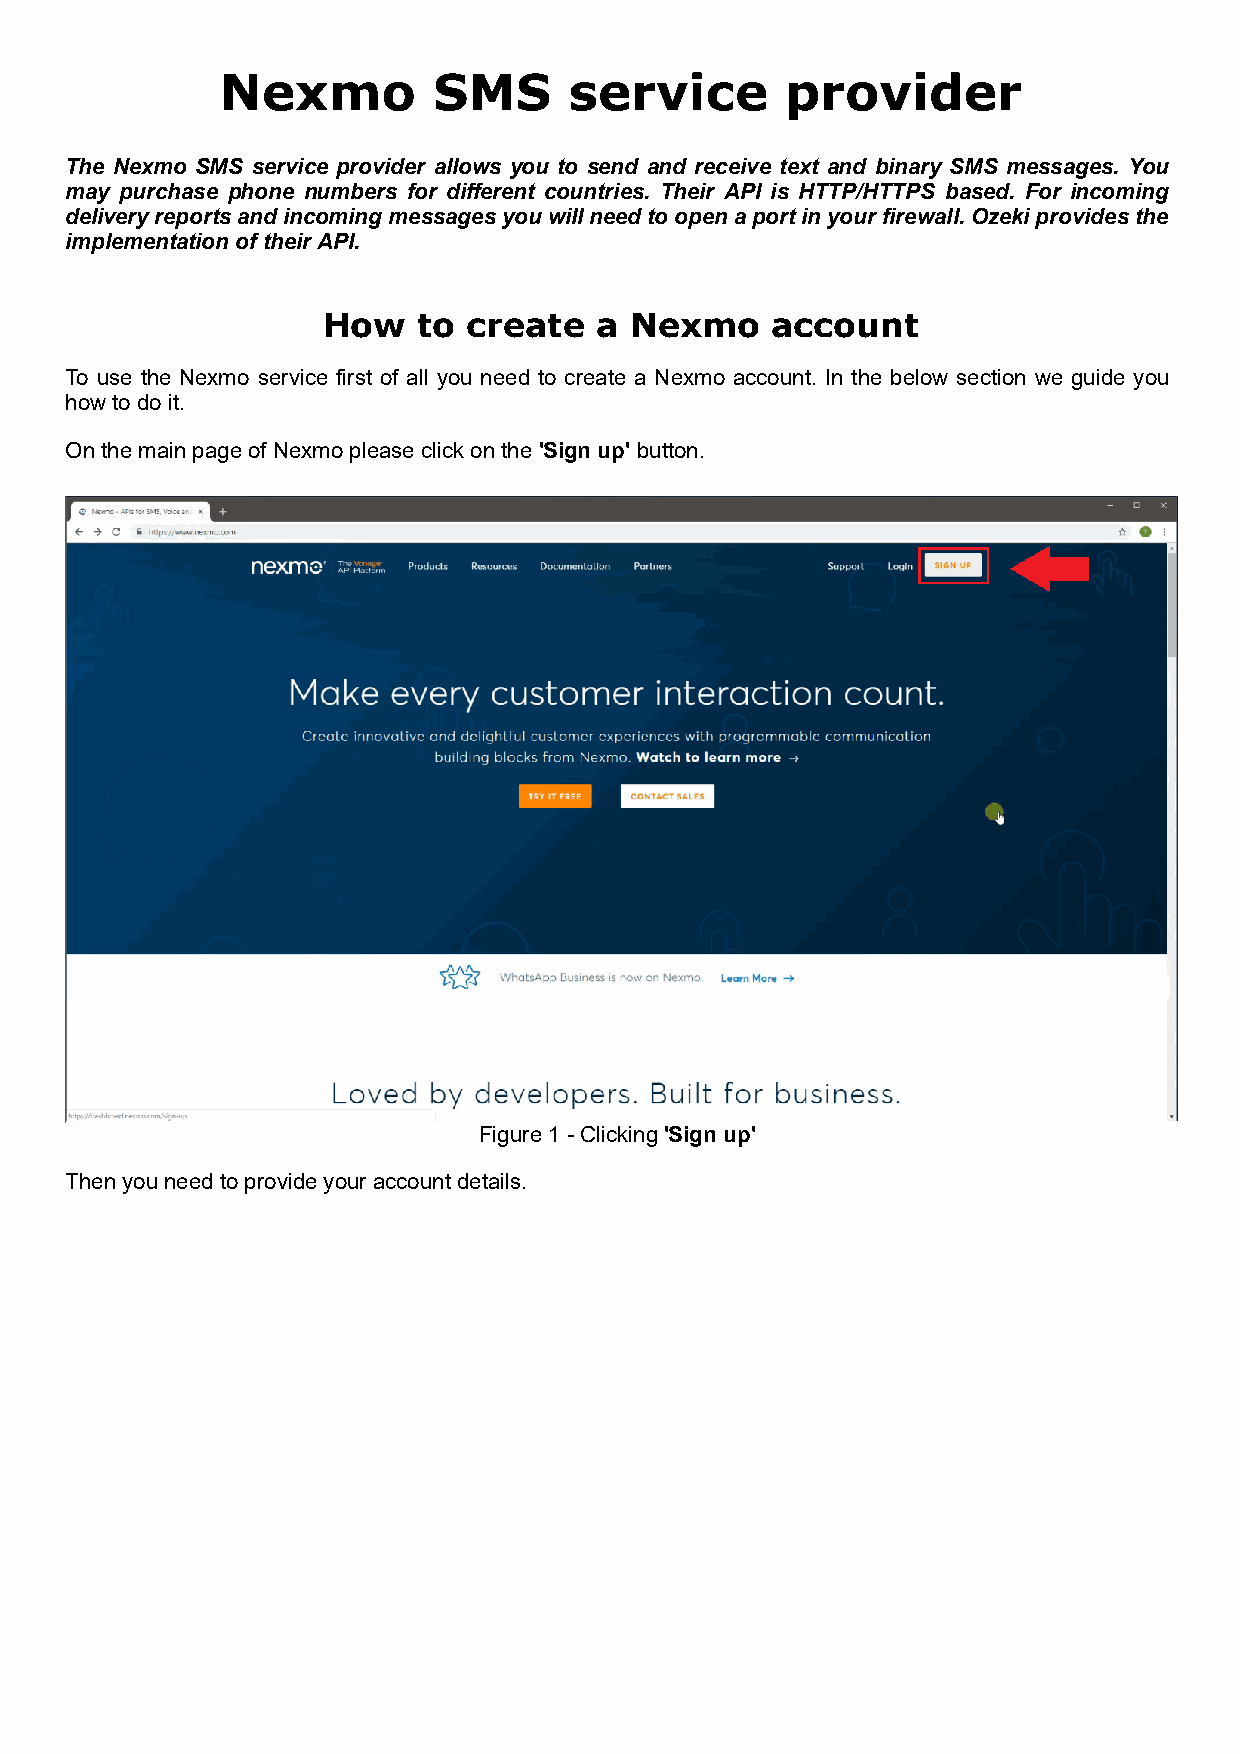
Nexmo         SMS      service       provider
 The Nexmo SMS service provider allows you to send and receive text and binary SMS messages. You
 may purchase phone numbers for different countries. Their API is HTTP/HTTPS based. For incoming
 delivery reports and incoming messages you will need to open a port in your firewall. Ozeki provides the
 implementation of their API.
 How    to create  a  Nexmo    account
 To use the Nexmo service first of all you need to create a Nexmo account. In the below section we guide you
 how to do it.
 On the main page of Nexmo please click on the 'Sign up' button.
 Figure 1 - Clicking 'Sign up'
 Then you need to provide your account details.